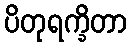
ပိတုရက္ခိတာ